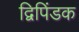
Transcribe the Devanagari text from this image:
द्विपिंडक